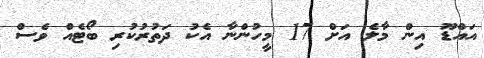
އައްޑޫ އިން މާލެ އަށް 17 މީހުންނާ އެކު ދަތުރުކުރި ބޯޓެއް ވެސް